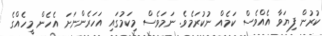
ކުރުން ފިޔަވާ އެއްވެސް ކަމެއް ނުކުރަމެވެ. ނަމަވެސް މިކަމުގައި އަހަރެންނަށަ އެހެން މީހެއްގެ